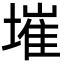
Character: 墔